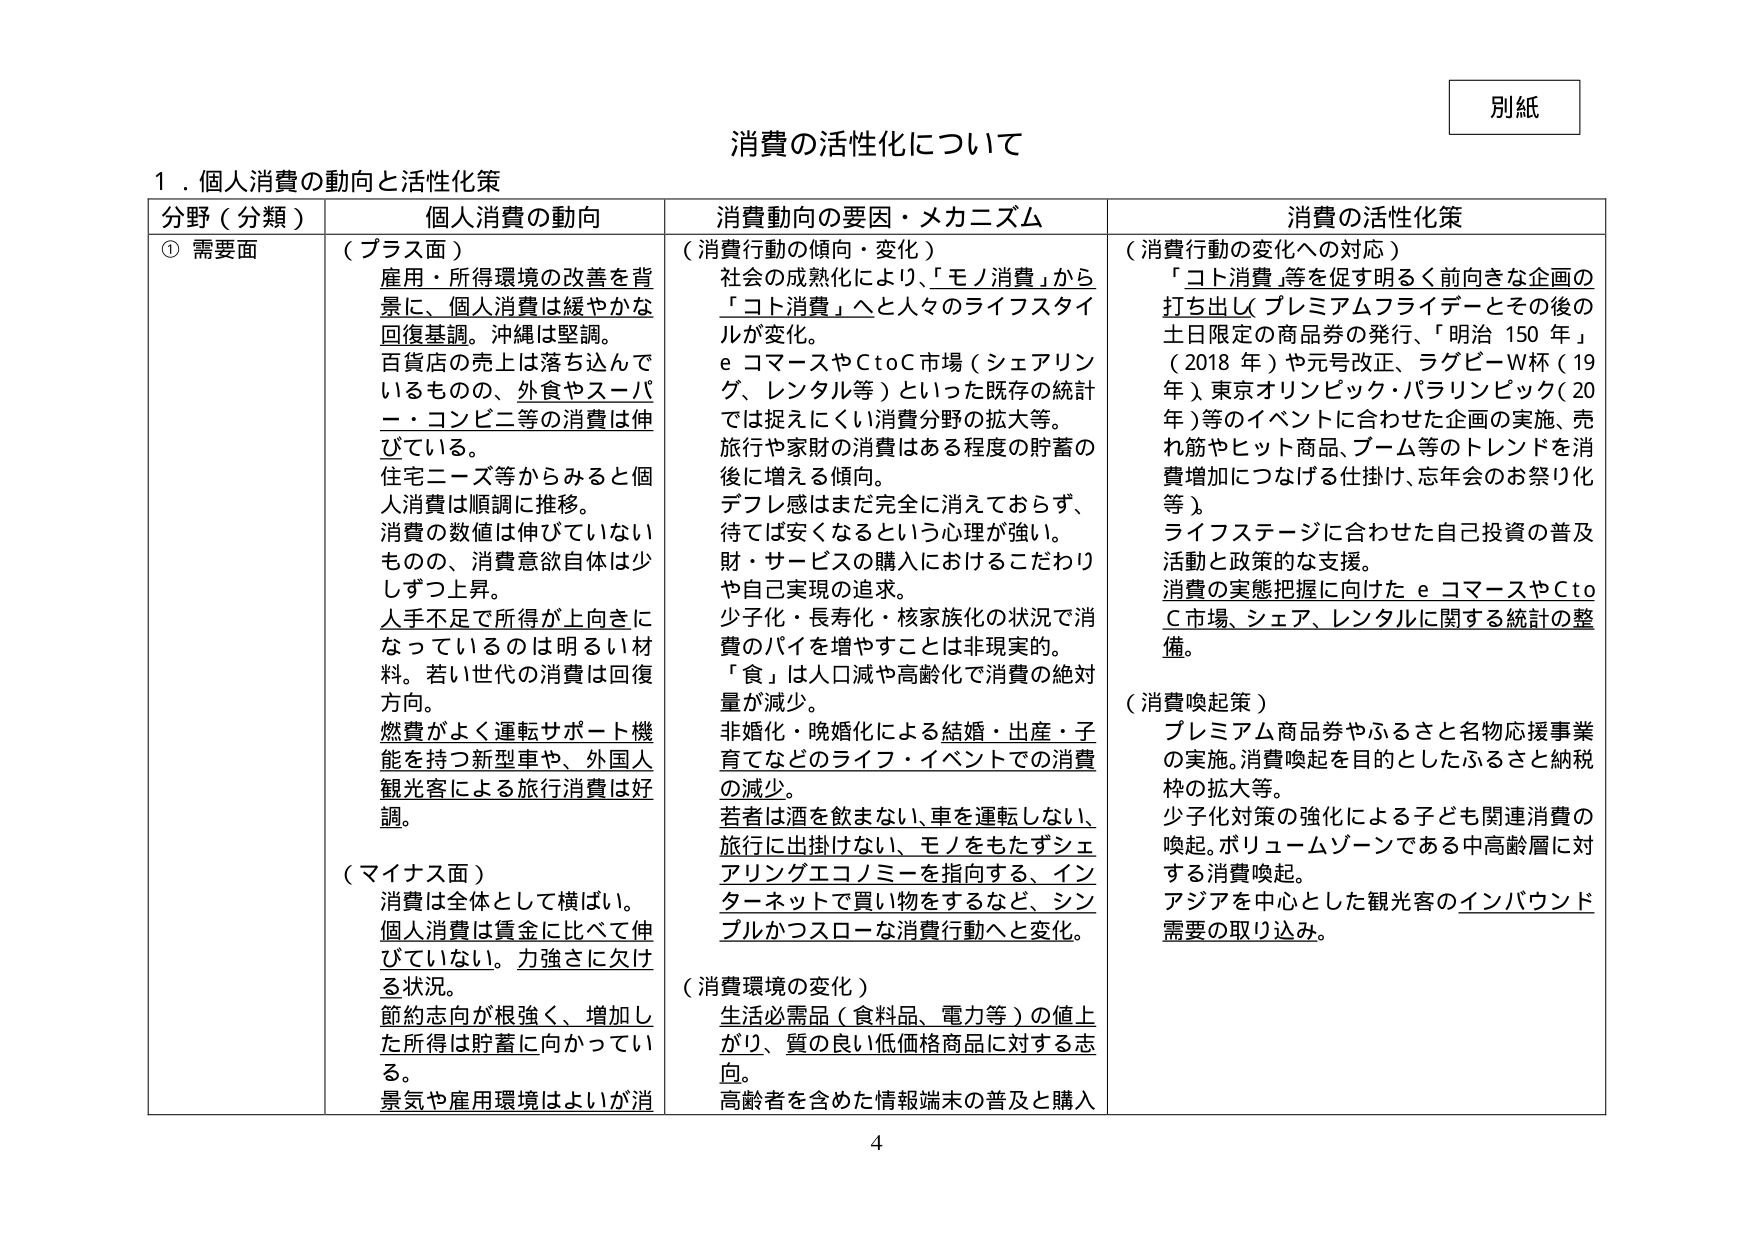
別紙

消費の活性化について

１．個人消費の動向と活性化策

分野（分類）　　個人消費の動向　　消費動向の要因・メカニズム　　消費の活性化策

① 需要面

（プラス面）
雇用・所得環境の改善を背景に、個人消費は緩やかな回復基調。沖縄は堅調。
百貨店の売上は落ち込んでいるものの、外食やスーパー・コンビニ等の消費は伸びている。
住宅ニーズ等からみると個人消費は順調に推移。
消費の数値は伸びていないものの、消費意欲自体は少しずつ上昇。
人手不足で所得が上向きになっているのは明るい材料。若い世代の消費は回復方向。
燃費がよく運転サポート機能を持つ新型車や、外国人観光客による旅行消費は好調。

（マイナス面）
消費は全体として横ばい。
個人消費は賃金に比べて伸びていない。力強さに欠ける状況。
節約志向が根強く、増加した所得は貯蓄に向かっている。
景気や雇用環境はよいが消

（消費行動の傾向・変化）
社会の成熟化により、「モノ消費」から「コト消費」へと人々のライフスタイルが変化。
e コマースやCtoC市場（シェアリング、レンタル等）といった既存の統計では捉えにくい消費分野の拡大等。
旅行や家財の消費はある程度の貯蓄の後に増える傾向。
デフレ感はまだ完全に消えておらず、待てば安くなるという心理が強い。
財・サービスの購入におけるこだわりや自己実現の追求。
少子化・長寿化・核家族化の状況で消費のバイを増やすことは非現実的。
「食」は人口減や高齢化で消費の絶対量が減少。
非婚化・晩婚化による結婚・出産・子育てなどのライフ・イベントでの消費の減少。
若者は酒を飲まない、車を運転しない、旅行に出掛けない、モノをもたずシェアリングエコノミーを指向する、インターネットで買い物をするなど、シンプルかつスローな消費行動へと変化。

（消費環境の変化）
生活必需品（食料品、電力等）の値上がり、質の良い低価格商品に対する志向。
高齢者を含めた情報端末の普及と購入

（消費行動の変化への対応）
「コト消費」等を促す明るく前向きな企画の打ち出し（プレミアムフライデーとその後の土日限定の商品券の発行、「明治150年」（2018年）や元号改正、ラグビーW杯（19年）、東京オリンピック・パラリンピック（20年）等のイベントに合わせた企画の実施、売れ筋やヒット商品、ブーム等のトレンドを消費増加につなげる仕掛け、忘年会のお祭り化等）。
ライフステージに合わせた自己投資の普及活動と政策的な支援。
消費の実態把握に向けた e コマースやCtoC市場、シェア、レンタルに関する統計の整備。

（消費喚起策）
プレミアム商品券やふるさと名物応援事業の実施。消費喚起を目的としたふるさと納税枠の拡大等。
少子化対策の強化による子ども関連消費の喚起。ボリュームゾーンである中高齢層に対する消費喚起。
アジアを中心とした観光客のインバウンド需要の取り込み。

4